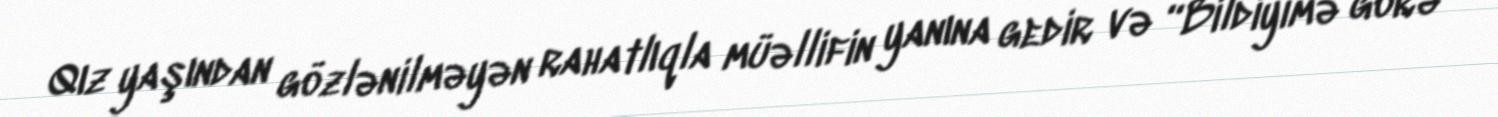
Qız yaşından gözlənilməyən rahatlıqla müəllifin yanına gedir və “Bildiyimə görə